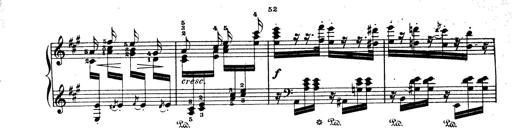
Title: Wagner-Liszt Album
Composer: Franz Liszt